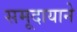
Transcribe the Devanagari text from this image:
समूदायाने